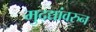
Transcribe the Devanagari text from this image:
मुद्द्यांवरुन